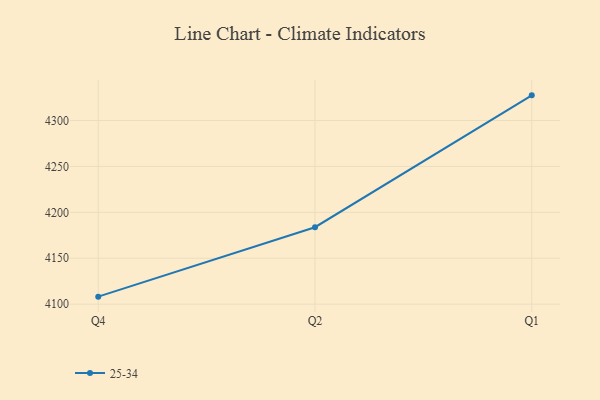
{"axis": {"x": "Quarter", "y": "Website Visitors"}, "legend": ["25-34"], "data": [{"x": "Q4", "y": 4108.2, "type": "25-34"}, {"x": "Q2", "y": 4183.8, "type": "25-34"}, {"x": "Q1", "y": 4327.4, "type": "25-34"}]}